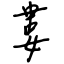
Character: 婁